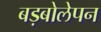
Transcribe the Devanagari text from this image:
बड़बोलेपन